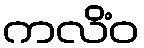
ကလိံဝ